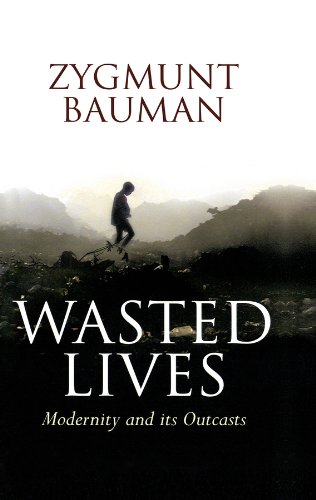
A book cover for Wasted Lives: Modernity and Its Outcasts; Zygmunt Bauman; Politics & Social Sciences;